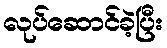
လုပ်ဆောင်ခဲ့ပြီး